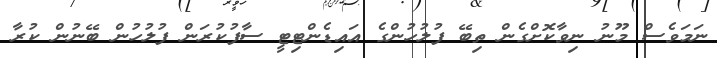
ނަމަވެސް މޫނު ނިވާކޮށްގެން ތިބޭ ފުލުހުންގެ އައިޑެންޓިޓީ ސާފުކުރަން ފުލުހުން ބޭނުން ކުރާ